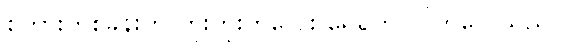
စကားတစ်ခွန်းကို တိုးတိုးကလေး ရေရွတ် လိုက်လေသည်။